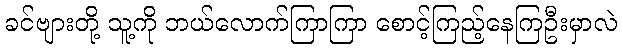
ခင်ဗျားတို့ သူ့ကို ဘယ်လောက်ကြာကြာ စောင့်ကြည့်နေကြဦးမှာလဲ